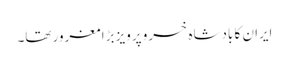
ایران کا بادشاہ خسرو پرویز بڑا مغرور تھا۔